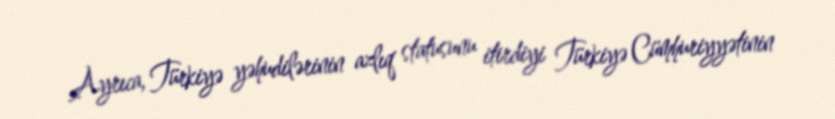
Ayrıca, Türkiyə yəhudilərinin azlıq statusunu itirdiyi Türkiyə Cümhuriyyətinin